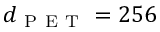
d _ { \mathrm { ~ P ~ E ~ T ~ } } = 2 5 6